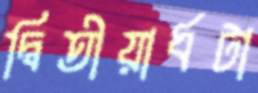
দ্বিতীয়ার্ধটা